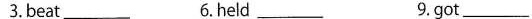
3.beat____ 6.Held ____9.got____